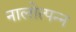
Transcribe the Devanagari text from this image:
नालोत्पन्न